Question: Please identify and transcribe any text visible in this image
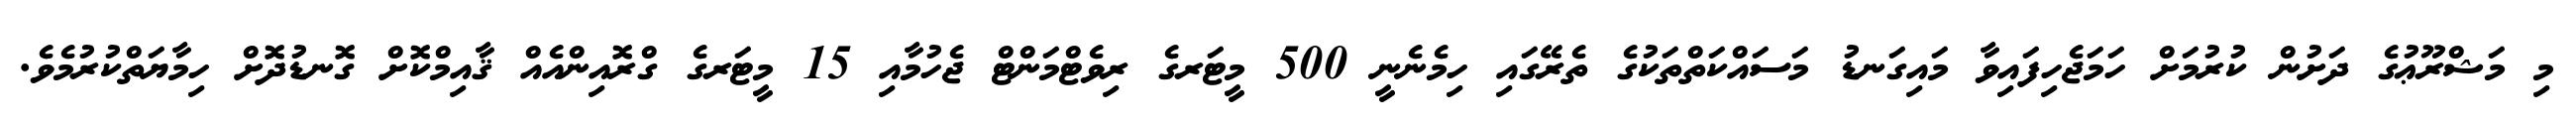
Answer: މި މަޝްރޫޢުގެ ދަށުން ކުރުމަށް ހަމަޖެހިފައިވާ މައިގަނޑު މަސައްކަތްތަކުގެ ތެރޭގައި ހިމެނެނީ 500 މީޓަރގެ ރިވެޓްމަންޓް ޖެހުމާއި 15 މީޓަރގެ ގްރޮއިންއެއް ޤާއިމްކޮށް ގޮނޑުދޮށް ހިމާޔަތްކުރުމެވެ.